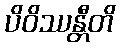
ပိဝိဿန္တီတိ